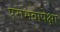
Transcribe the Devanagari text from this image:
पराभवापेक्षा